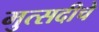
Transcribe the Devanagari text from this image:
मुत्सदीचे